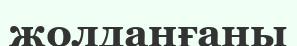
жолданғаны